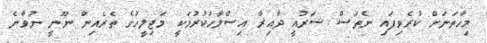
މިހާތަނަށް ކުރެވިފައި ނެތަސް ޝަރުއީ ދާއިރާ އިސްލާހުކުރުމަކީ މަޖިލީހުގެ ތެރެއިން ނޫނީ ނުވާނެ